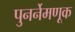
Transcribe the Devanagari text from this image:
पुनर्नेमणूक